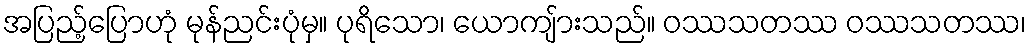
အပြည့်ပြောဟုံ မုန်ညင်းပုံမှ။ ပုရိသော၊ ယောကျ်ားသည်။ ဝဿသတဿ ဝဿသတဿ၊